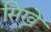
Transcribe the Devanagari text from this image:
सिख्ने